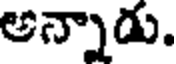
అన్నాడు.